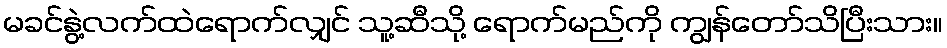
မခင်နွဲ့လက်ထဲရောက်လျှင် သူ့ဆီသို့ ရောက်မည်ကို ကျွန်တော်သိပြီးသား။